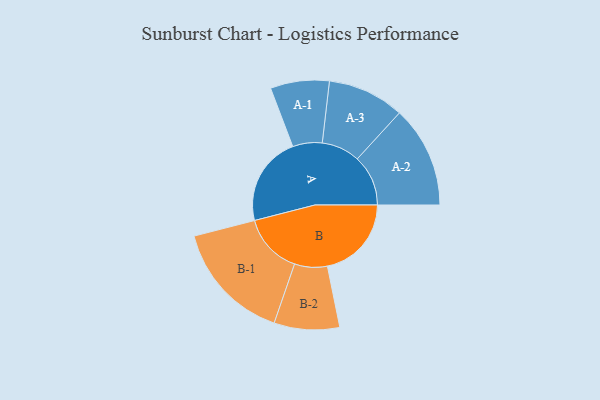
{"axis": {"x": "Segment", "y": "Value"}, "legend": ["", "A", "B"], "data": [{"x": "A", "y": 380, "type": ""}, {"x": "B", "y": 357, "type": ""}, {"x": "A-1", "y": 125, "type": "A"}, {"x": "A-2", "y": 216, "type": "A"}, {"x": "A-3", "y": 163, "type": "A"}, {"x": "B-1", "y": 257, "type": "B"}, {"x": "B-2", "y": 139, "type": "B"}]}